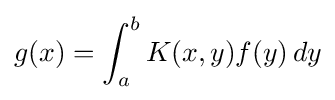
g(x)=\int _{a}^{b}K(x,y)f(y)\,dy